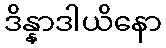
ဒိန္နာဒါယိနော